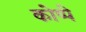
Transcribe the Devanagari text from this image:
कोप्पे